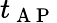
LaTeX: t_{\mathrm{~A~P~}}